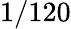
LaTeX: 1/120